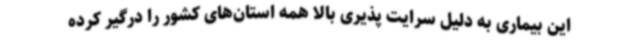
این بیماری به دلیل سرایت پذیری بالا همه استان‌های کشور را درگیر کرده